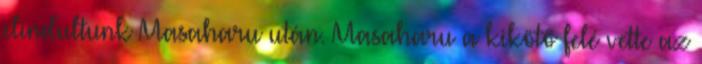
elindultunk Masaharu után. Masaharu a kikötő felé vette az